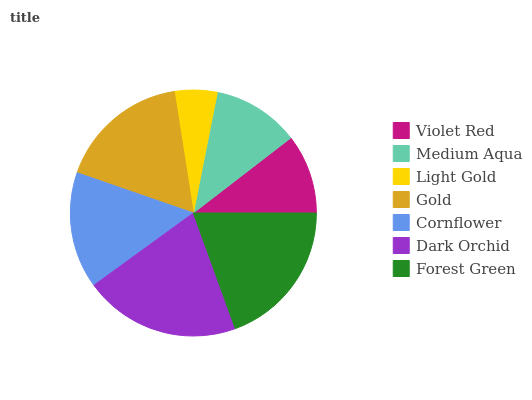
| Violet Red | Medium Aqua | Light Gold | Gold | Cornflower | Dark Orchid | Forest Green |
 | --- | --- | --- | --- | --- | --- | --- |
 | 10.5% | 11.5% | 5.59% | 17.2% | 15.3% | 20.5% | 19.4% |